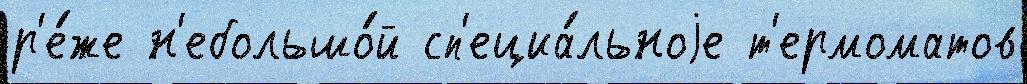
р'е́же н'ебольшо́й сп'ециа́льноjе т'ермоматов